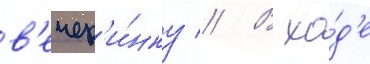
в'ечер'и́нку // В хо́д'е